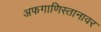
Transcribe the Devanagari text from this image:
अफगाणिस्तानावर